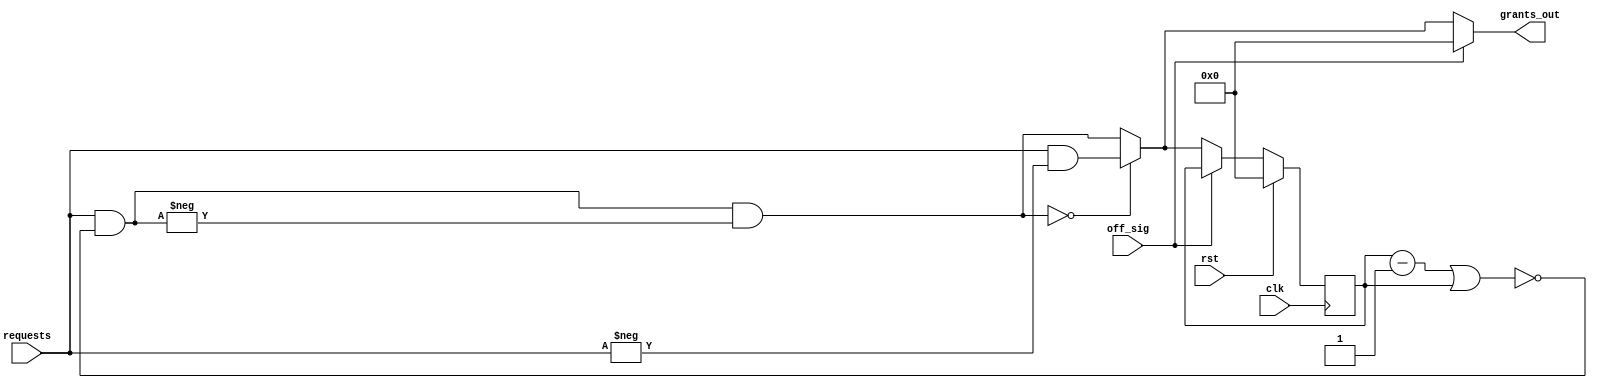
`timescale 1ns / 1ps
//////////////////////////////////////////////////////////////////////////////////
// Company: GaTech ECE
// 
// Design Name: 
// Module Name: roundrobin_arbiter
// Project Name: 
// Target Devices: 
// Tool Versions: 
// Description: 
// 
// Dependencies: 
// 
// Revision:
// Revision 0.01 - File Created
// Additional Comments:
// 
//////////////////////////////////////////////////////////////////////////////////


module roundrobin_arbiter #(
    parameter INPORT = 5
)(
    input clk,
    input rst,
    input off_sig,
    input [0:INPORT-1] requests,
    output [0:INPORT-1] grants_out
    );

wire [0:INPORT-1] grants_raw, grants_masked, mask, requests_masked, grants;
reg [0:INPORT-1] grants_reg;

assign mask = ~((grants_reg - 1) | grants_reg );

assign requests_masked = requests & mask;

assign grants = (grants_masked == 0) ? grants_raw : grants_masked;

assign grants_out = (off_sig == 1'b1) ? 'd0 : grants;

always @ (posedge clk) begin
    if (rst) begin
        grants_reg <= 0;
    end
    else begin
        if(off_sig) begin
            grants_reg <= grants_reg;
        end
        else begin
            grants_reg <= grants;
        end
    end
end

// priority arbiter
assign grants_raw = requests & (-requests);

// priority arbiter
assign grants_masked = requests_masked & (-requests_masked);

endmodule